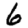
Digit: 6